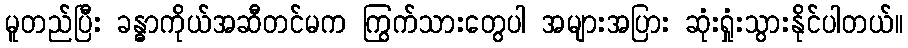
မူတည်ပြီး ခန္ဓာကိုယ်အဆီတင်မက ကြွက်သားတွေပါ အများအပြား ဆုံးရှုံးသွားနိုင်ပါတယ်။